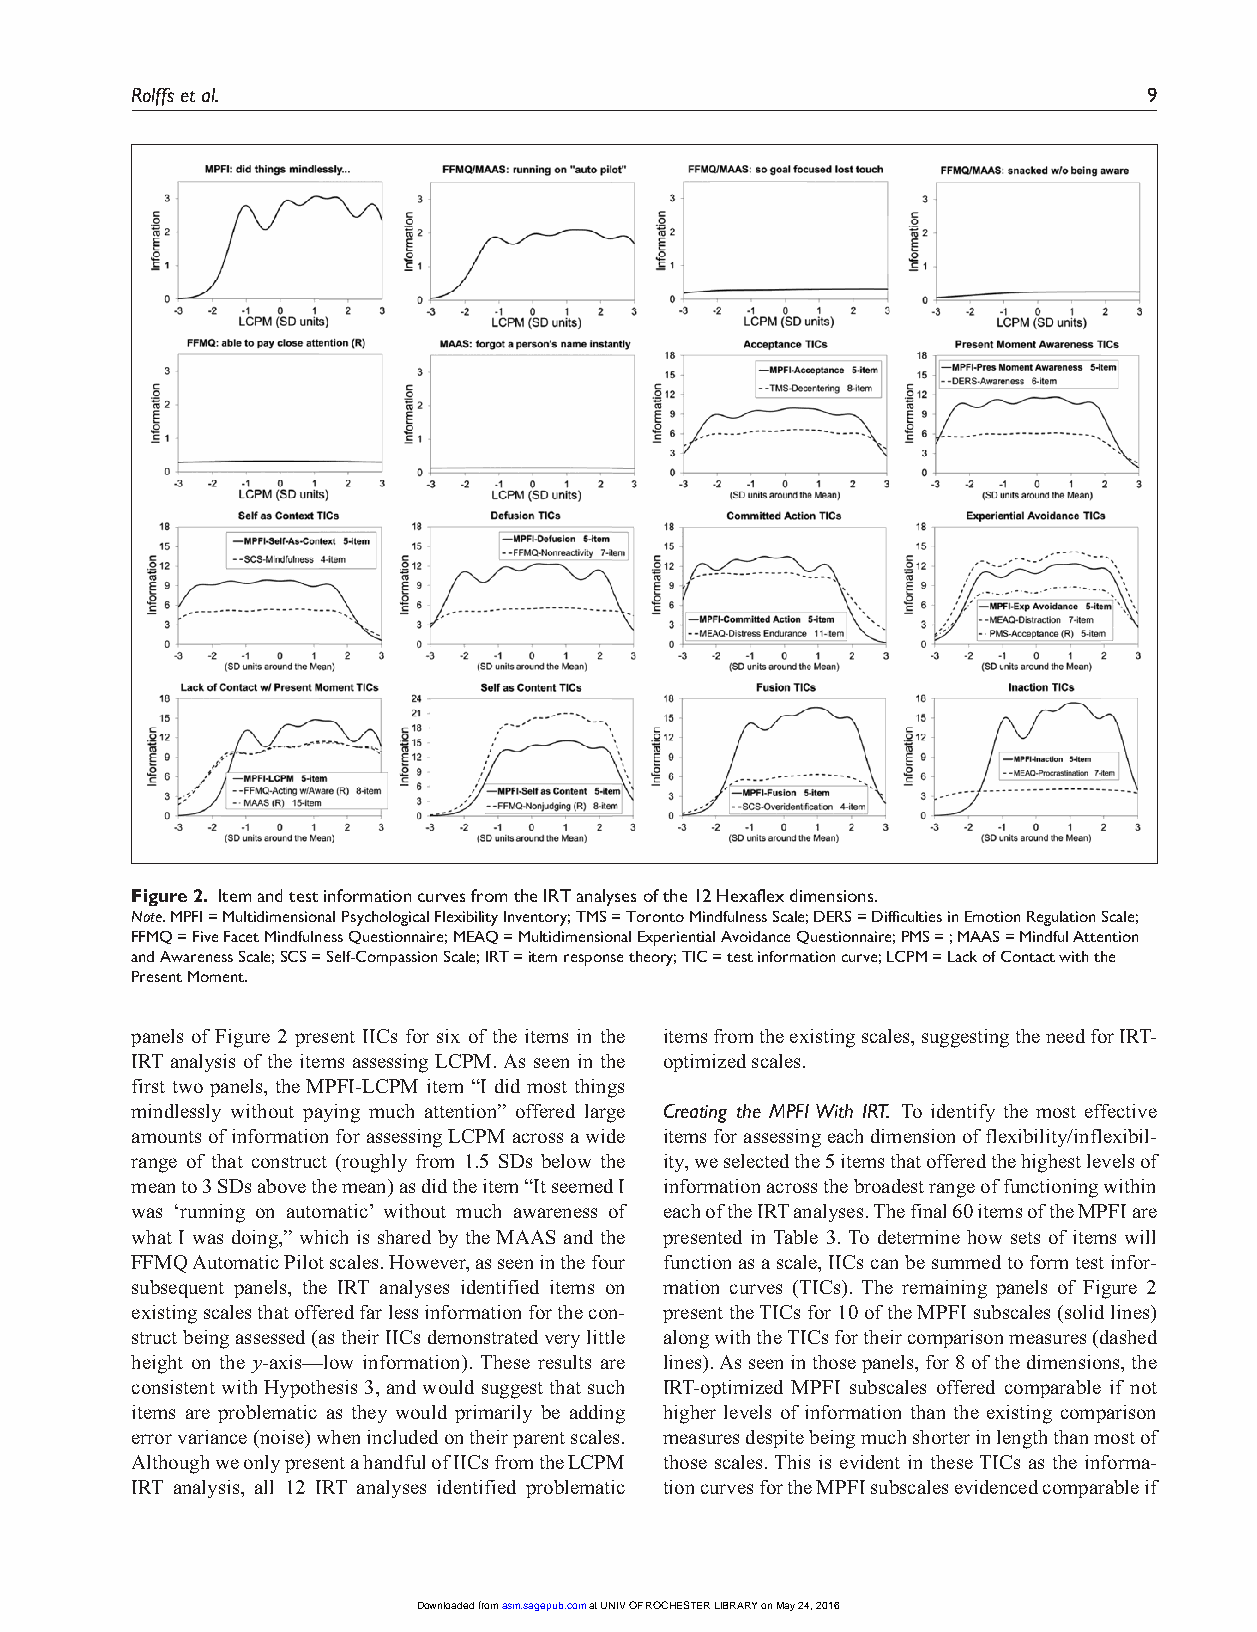
Rolffs et al.                                                      9
 Figure 2. Item and test information curves from the IRT analyses of the 12 Hexaflex dimensions.
 Note. MPFI = Multidimensional Psychological Flexibility Inventory; TMS = Toronto Mindfulness Scale; DERS = Difficulties in Emotion Regulation Scale;
 FFMQ = Five Facet Mindfulness Questionnaire; MEAQ = Multidimensional Experiential Avoidance Questionnaire; PMS = ; MAAS = Mindful Attention
 and Awareness Scale; SCS = Self-Compassion Scale; IRT = item response theory; TIC = test information curve; LCPM = Lack of Contact with the
 Present Moment.
 panels of Figure 2 present IICs for six of the items in the items from the existing scales, suggesting the need for IRT-
 IRT analysis of the items assessing LCPM. As seen in the optimized scales.
 first two panels, the MPFI-LCPM item “I did most things
 mindlessly without paying much attention” offered large Creating the MPFI With IRT. To identify the most effective
 amounts of information for assessing LCPM across a wide items for assessing each dimension of flexibility/inflexibil-
 range of that construct (roughly from 1.5 SDs below the ity, we selected the 5 items that offered the highest levels of
 mean to 3 SDs above the mean) as did the item “It seemed I information across the broadest range of functioning within
 was ‘running on automatic’ without much awareness of each of the IRT analyses. The final 60 items of the MPFI are
 what I was doing,” which is shared by the MAAS and the presented in Table 3. To determine how sets of items will
 FFMQ Automatic Pilot scales. However, as seen in the four function as a scale, IICs can be summed to form test infor-
 subsequent panels, the IRT analyses identified items on mation curves (TICs). The remaining panels of Figure 2
 existing scales that offered far less information for the con- present the TICs for 10 of the MPFI subscales (solid lines)
 struct being assessed (as their IICs demonstrated very little along with the TICs for their comparison measures (dashed
 height on the y-axis—low information). These results are lines). As seen in those panels, for 8 of the dimensions, the
 consistent with Hypothesis 3, and would suggest that such IRT-optimized MPFI subscales offered comparable if not
 items are problematic as they would primarily be adding higher levels of information than the existing comparison
 error variance (noise) when included on their parent scales. measures despite being much shorter in length than most of
 Although we only present a handful of IICs from the LCPM those scales. This is evident in these TICs as the informa-
 IRT analysis, all 12 IRT analyses identified problematic tion curves for the MPFI subscales evidenced comparable if
 Downloaded from asm.sagepub.com at UNIV OF ROCHESTER LIBRARY on May 24, 2016